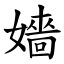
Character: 嬙